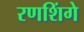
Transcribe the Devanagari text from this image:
रणशिंगे